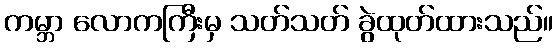
ကမ္ဘာ လောကကြီးမှ သတ်သတ် ခွဲထုတ်ထားသည်။